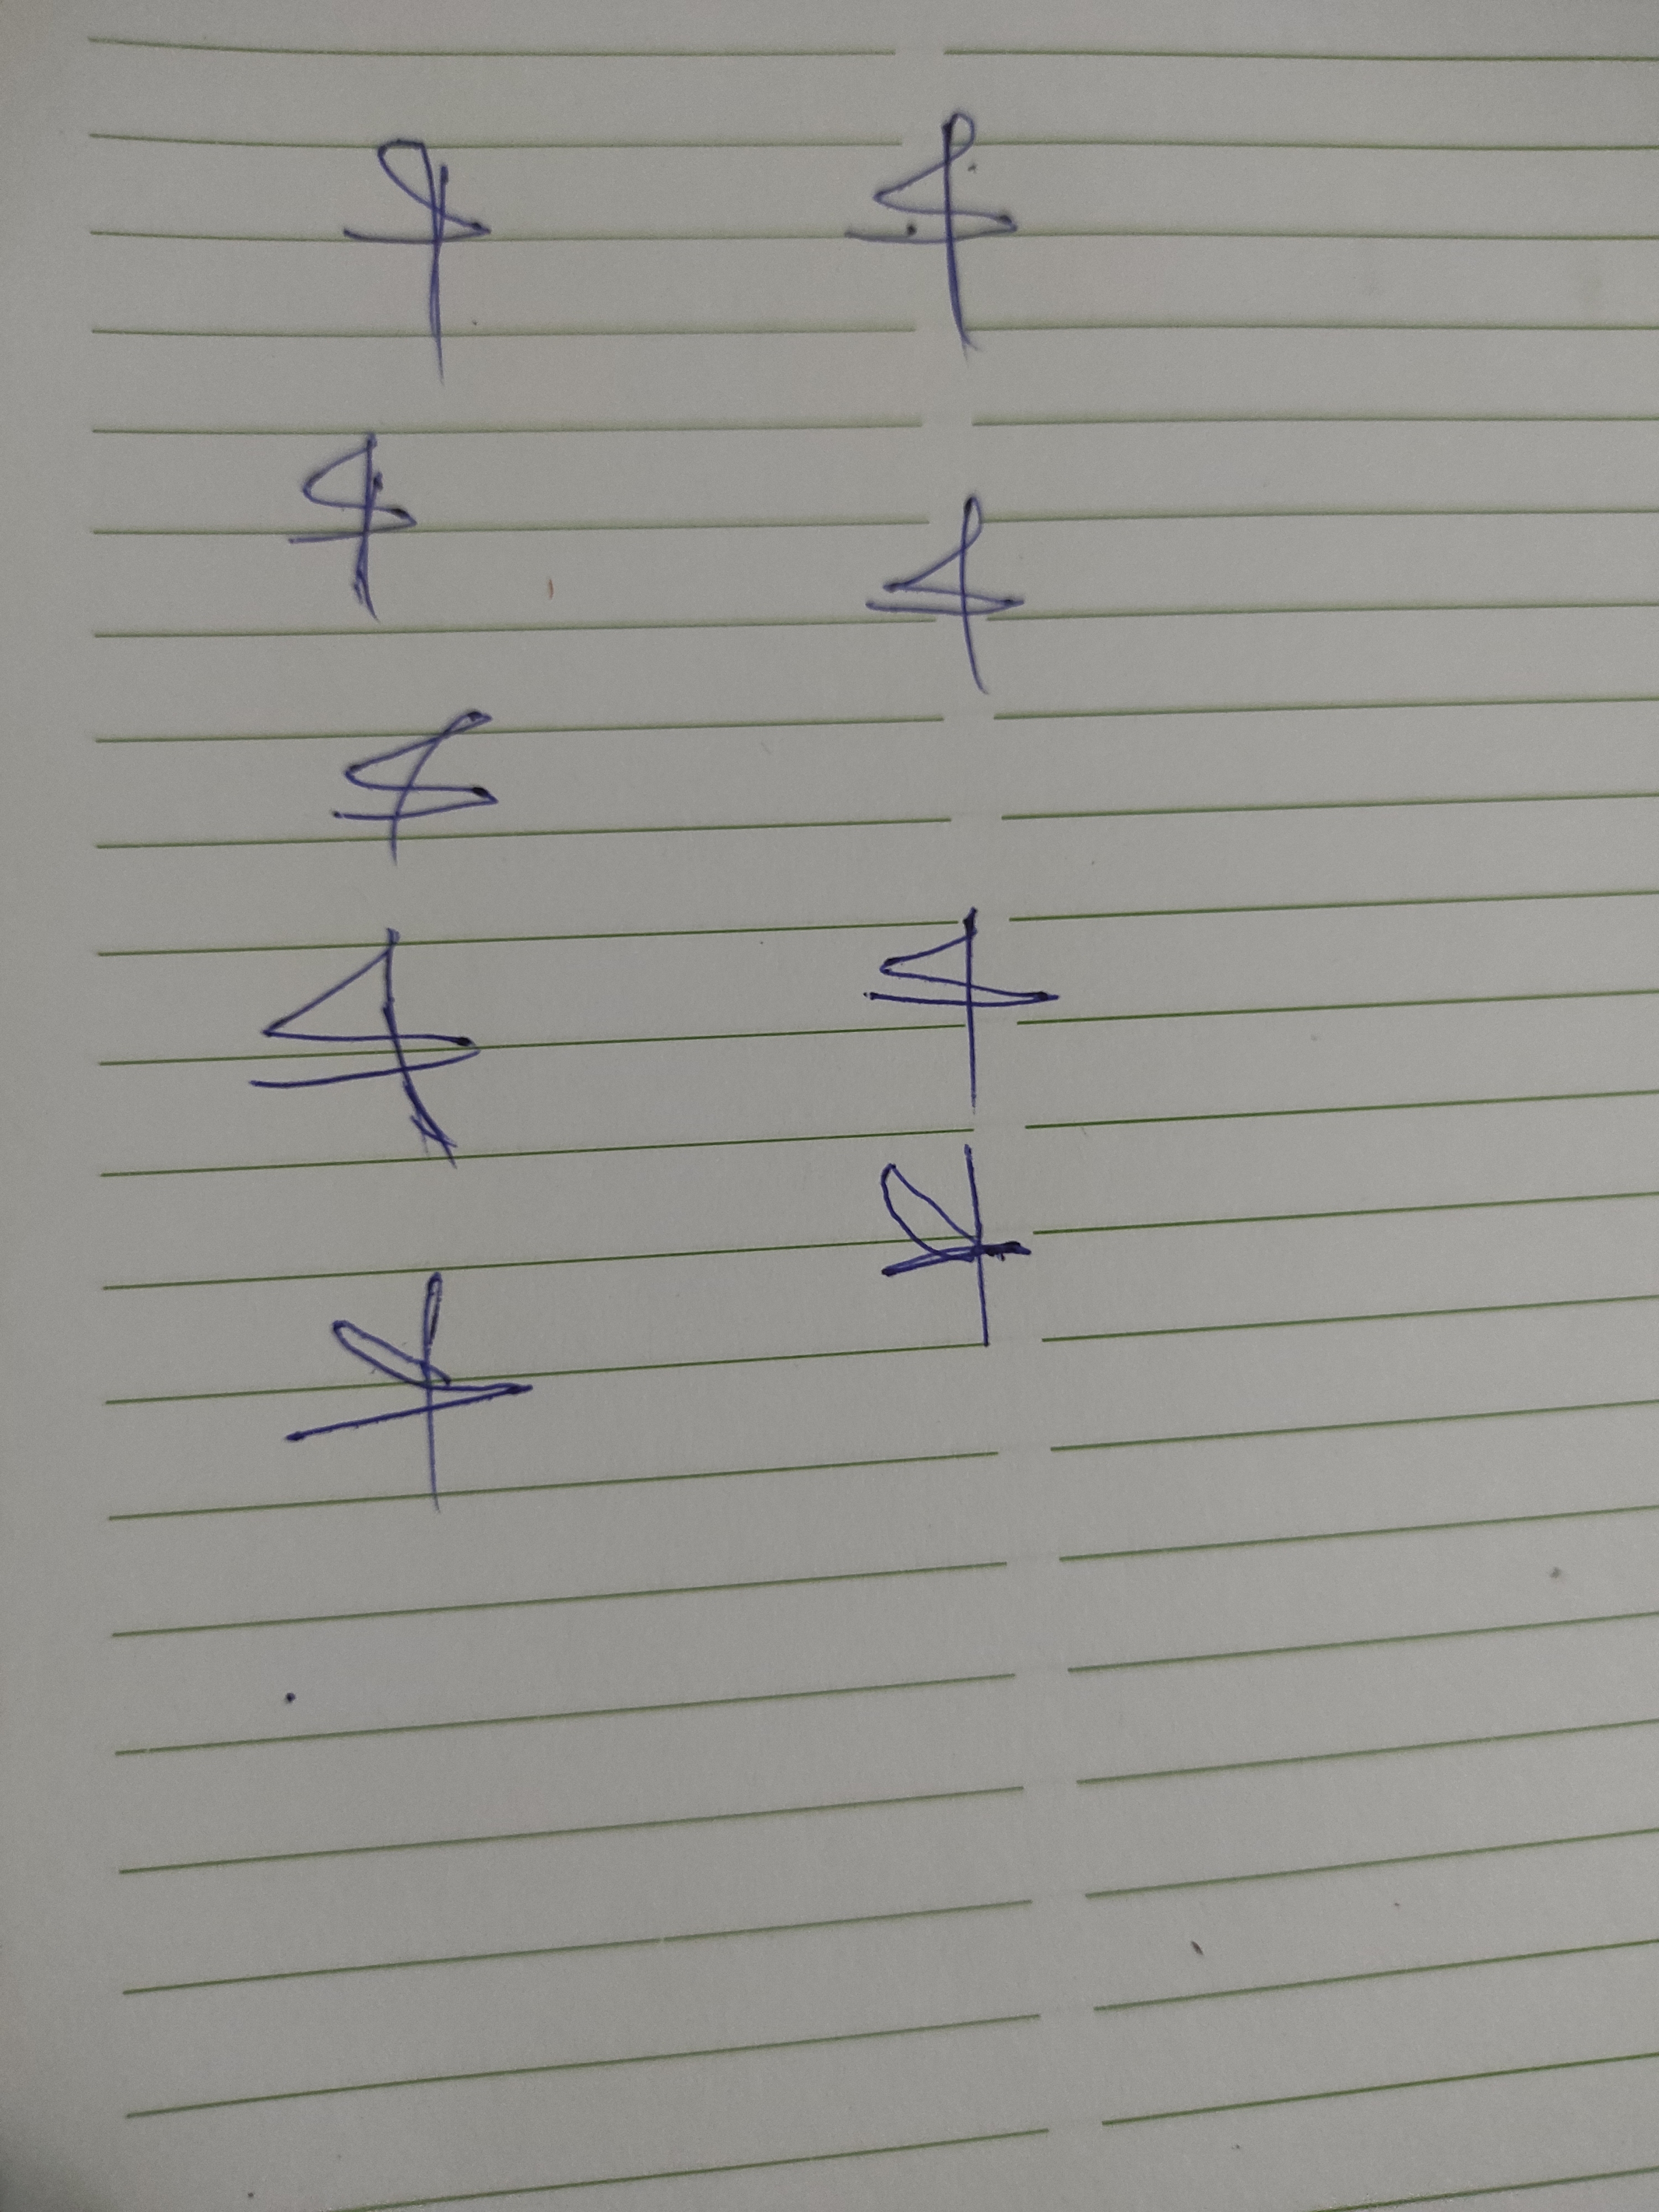
Signature authenticity: forged